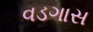
વડગાસ